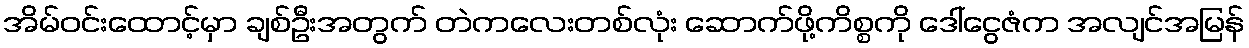
အိမ်ဝင်းထောင့်မှာ ချစ်ဦးအတွက် တဲကလေးတစ်လုံး ဆောက်ဖို့ကိစ္စကို ဒေါ်ငွေဇံက အလျင်အမြန်